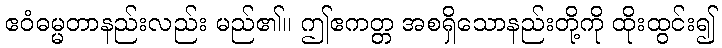
ဧဝံဓမ္မတာနည်းလည်း မည်၏။ ဤဧကတ္တ အစရှိသောနည်းတို့ကို ထိုးထွင်း၍